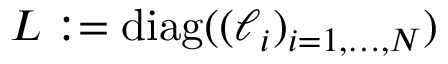
L : = \mathrm { d i a g } ( ( \ell _ { i } ) _ { i = 1 , \dots , N } )